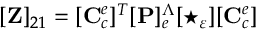
[ \mathbf { Z } ] _ { 2 1 } = [ \mathbf { C } _ { c } ^ { e } ] ^ { T } [ \mathbf { P } ] _ { e } ^ { \Lambda } [ \star _ { \varepsilon } ] [ \mathbf { C } _ { c } ^ { e } ]